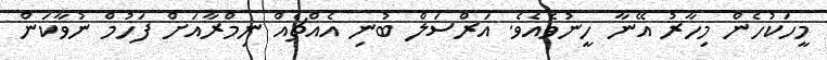
މީހަކުހެން މިހާރު އޭނާ ހީނުވެއެވެ. އަރްސަލް ބުނި އެއްޗެއް ނިމްރާއަށް ފަހުމް ނުވާކަން